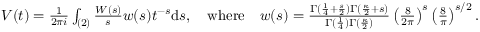
\begin{array} { r } { V ( t ) = \frac { 1 } { 2 \pi i } \int _ { ( 2 ) } \frac { W ( s ) } { s } w ( s ) t ^ { - s } \mathrm { d } s , \quad \mathrm { w h e r e } \quad w ( s ) = \frac { \Gamma ( \frac { 1 } { 4 } + \frac s 2 ) \Gamma ( \frac { \kappa } { 2 } + s ) } { \Gamma ( \frac { 1 } { 4 } ) \Gamma ( \frac { \kappa } { 2 } ) } \left( \frac { 8 } { 2 \pi } \right) ^ { s } \left( \frac { 8 } { \pi } \right) ^ { s / 2 } . } \end{array}